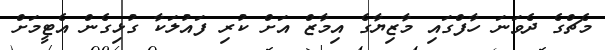
މެޗްގެ ދެވަނަ ހާފްގައި މާޒިޔާގެ އިމާޒް އަށް ކުރި ފައުލަކާ ގުޅިގެން އެޓީމަށް